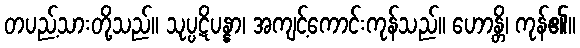
တပည့်သားတို့သည်။ သုပ္ပဋိပန္နာ၊ အကျင့်ကောင်းကုန်သည်။ ဟောန္တိ၊ ကုန်၏။